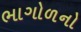
ભાગોળનો